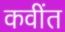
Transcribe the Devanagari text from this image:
कवींत